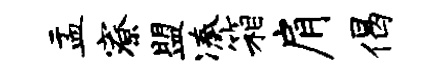
盂寮盟凑箱肩偈